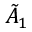
{ \tilde { A } } _ { 1 }